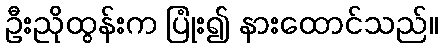
ဦးညိုထွန်းက ပြုံး၍ နားထောင်သည်။